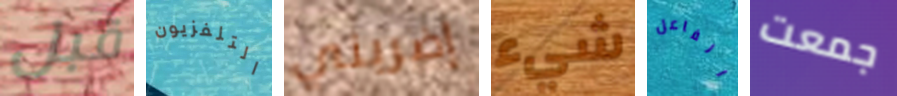
قبل التلفزيون إضربني شيء الفاعل جمعت